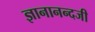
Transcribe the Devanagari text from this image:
ज्ञानानन्दजी